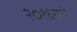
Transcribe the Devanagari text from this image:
२०१६मधे